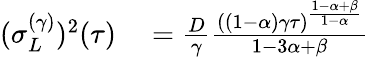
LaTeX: \begin{array}{rl}{(\sigma_{L}^{(\gamma)})^{2}(\tau)}&{{}=\frac{D}{\gamma}\frac{((1-\alpha)\gamma\tau)^{\frac{1-\alpha+\beta}{1-\alpha}}}{1-3\alpha+\beta}}\end{array}